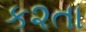
ક૨તા